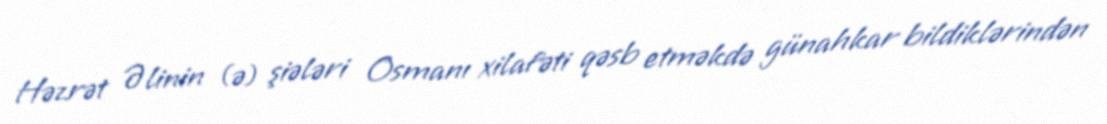
Həzrət Əlinin (ə) şiələri Osmanı xilafəti qəsb etməkdə günahkar bildiklərindən